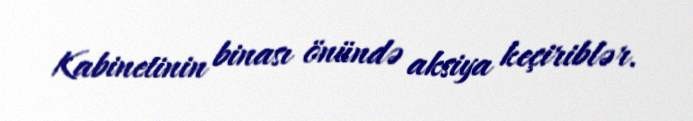
Kabinetinin binası önündə aksiya keçiriblər.